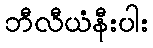
ဘီလီယံနီးပါး